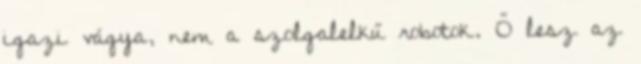
igazi vágya, nem a szolgalelkű robotok. Ő lesz az